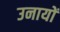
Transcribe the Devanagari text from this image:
उनायों